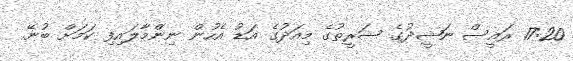
17:20 ރައީސް ނަޝީދުގެ ޝަރީތުގެ މިއަދުގެ އަޑު އެހުން ނިންމާލައިފި ކަމަށް ބުނޭ.